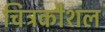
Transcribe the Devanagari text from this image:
चित्रकौशल